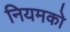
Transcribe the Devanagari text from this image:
नियमको